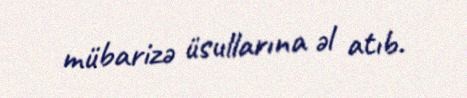
mübarizə üsullarına əl atıb.